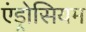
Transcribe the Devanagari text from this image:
एंड्रोसियम